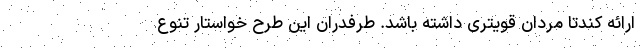
ارائه کندتا مردان قویتری داشته باشد. طرفدران این طرح خواستار تنوع